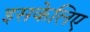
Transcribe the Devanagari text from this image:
इसकेलिए